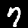
Label: 7